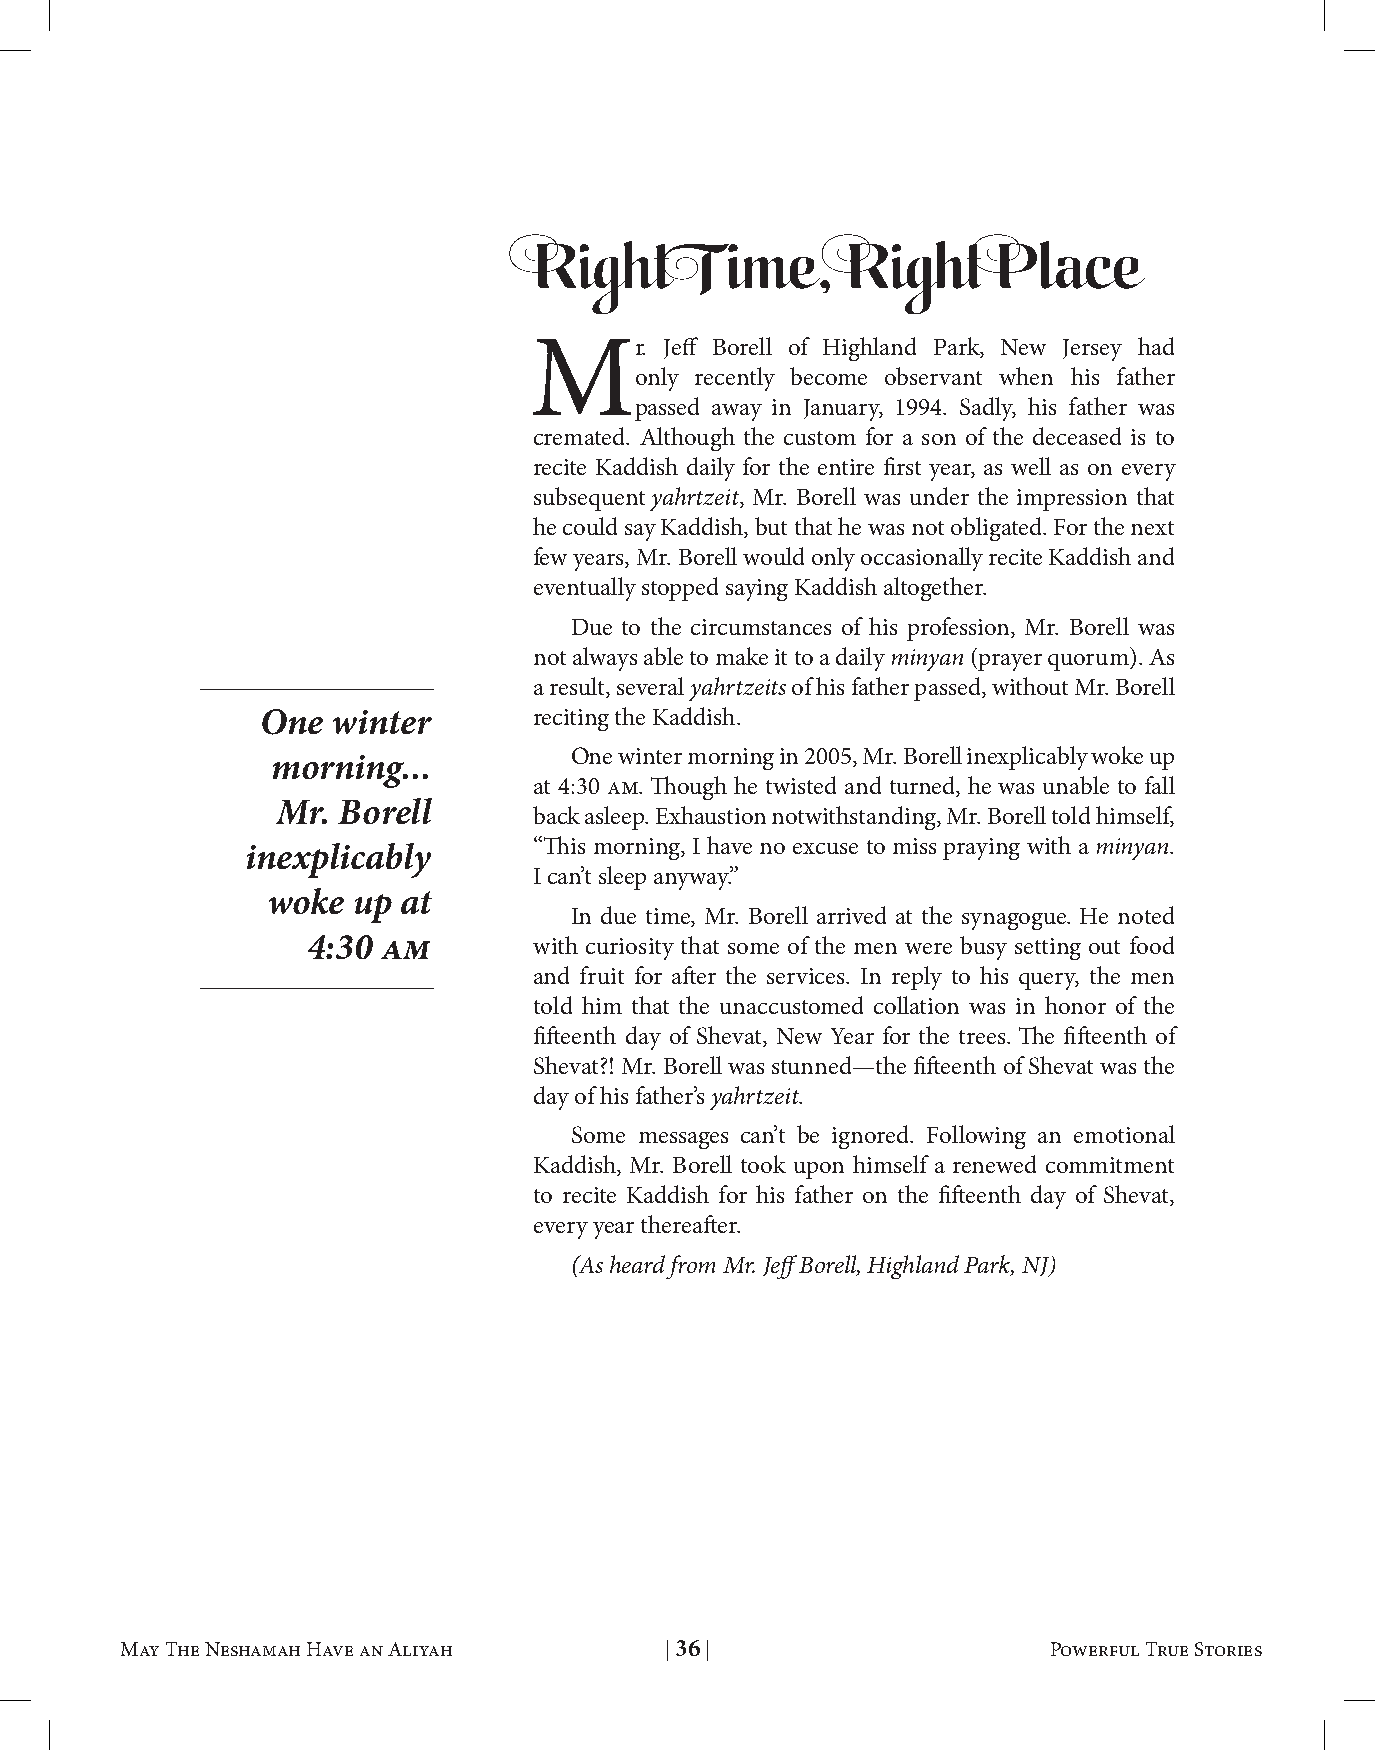
Right      Time,     Right     Place
 Mr.      Jeff Borell of Highland Park, New Jersey had
 only recently become observant when his father
 passed away in January, 1994. Sadly, his father was
 cremated. Although the custom for a son of the deceased is to
 recite Kaddish daily for the entire first year, as well as on every
 subsequent yahrtzeit, Mr. Borell was under the impression that
 he could say Kaddish, but that he was not obligated. For the next
 few years, Mr. Borell would only occasionally recite Kaddish and
 eventually stopped saying Kaddish altogether.
 Due to the circumstances of his profession, Mr. Borell was
 not always able to make it to a daily minyan (prayer quorum). As
 a result, several yahrtzeits of his father passed, without Mr. Borell
 One  winter       reciting the Kaddish.
 One winter morning in 2005, Mr. Borell inexplicably woke up
 morning...
 at 4:30 am. Though he twisted and turned, he was unable to fall
 Mr. Borell
 back asleep. Exhaustion notwithstanding, Mr. Borell told himself,
 “This morning, I have no excuse to miss praying with a minyan.
 inexplicably
 I can’t sleep anyway.”
 woke up at
 In due time, Mr. Borell arrived at the synagogue. He noted
 4:30 am        with curiosity that some of the men were busy setting out food
 and fruit for after the services. In reply to his query, the men
 told him that the unaccustomed collation was in honor of the
 fifteenth day of Shevat, New Year for the trees. The fifteenth of
 Shevat?! Mr. Borell was stunned—the fifteenth of Shevat was the
 day of his father’s yahrtzeit.
 Some messages can’t be ignored. Following an emotional
 Kaddish, Mr. Borell took upon himself a renewed commitment
 to recite Kaddish for his father on the fifteenth day of Shevat,
 every year thereafter.
 (As heard from Mr. Jeff Borell, Highland Park, NJ)
 May The Neshamah Have an Aliyah | 35 | Powerful True Stories May The Neshamah Have an Aliyah | 36 | Powerful True Stories